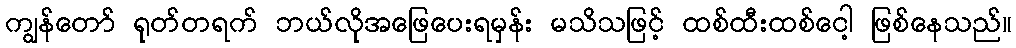
ကျွန်တော် ရုတ်တရက် ဘယ်လိုအဖြေပေးရမှန်း မသိသဖြင့် ထစ်ထီးထစ်ငေါ့ ဖြစ်နေသည်။